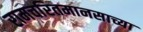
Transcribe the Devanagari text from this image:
रामचरितमानसाच्या